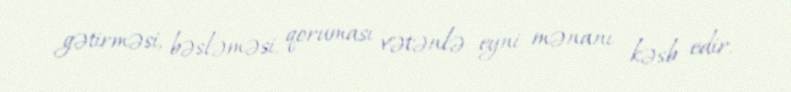
gətirməsi, bəsləməsi, qoruması vətənlə eyni mənanı kəsb edir.